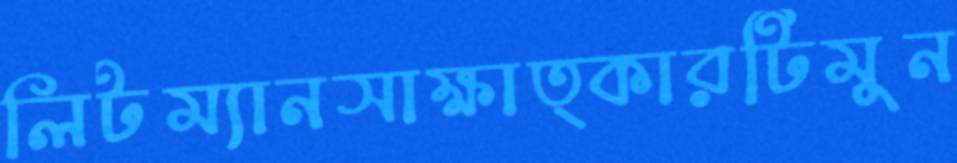
লিটম্যানসাক্ষাত্কারটিমুন